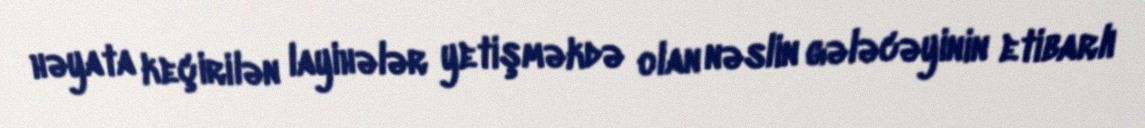
həyata keçirilən layihələr yetişməkdə olan nəslin gələcəyinin etibarlı